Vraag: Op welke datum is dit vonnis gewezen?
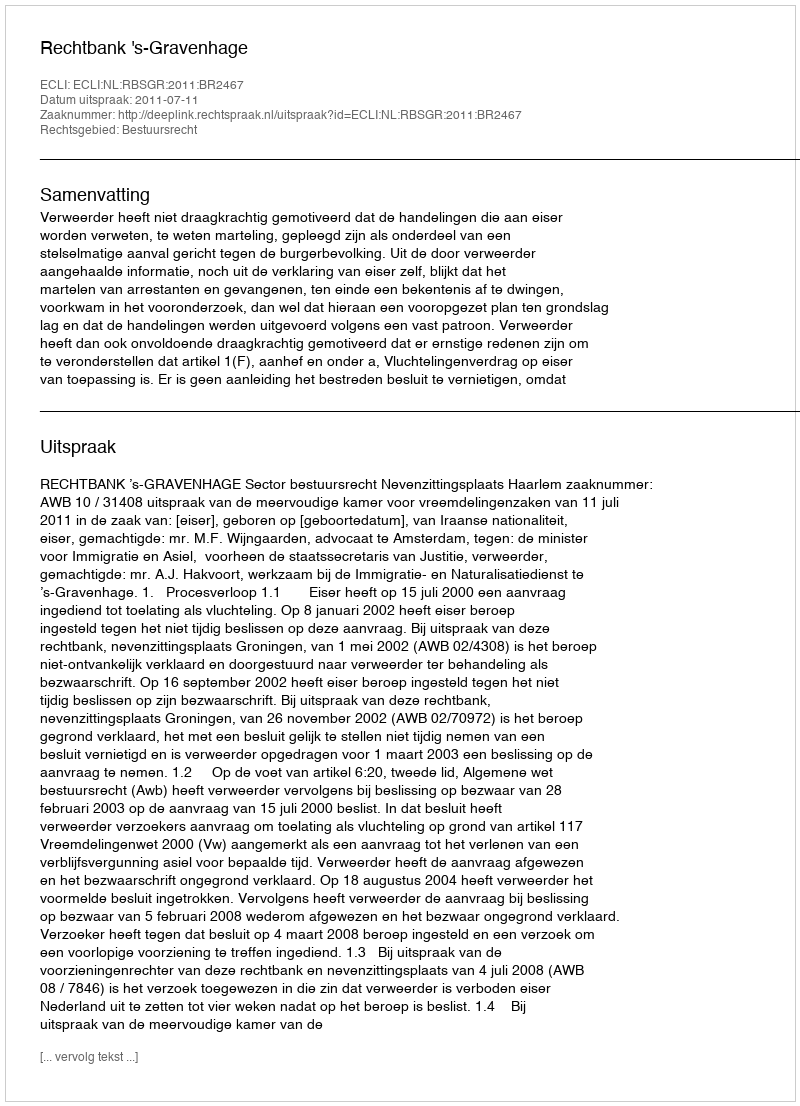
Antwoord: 2011-07-11